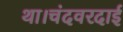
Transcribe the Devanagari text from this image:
था।चंदवरदाई